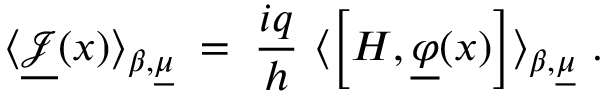
\langle \underline { { { { \mathcal J } } } } ( x ) \rangle _ { \beta , \underline { { { \mu } } } } \; = \; \frac { i q } { h } ~ \langle \left[ H , \underline { { { \varphi } } } ( x ) \right] \rangle _ { \beta , \underline { { { \mu } } } } ~ .